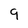
Character: 9